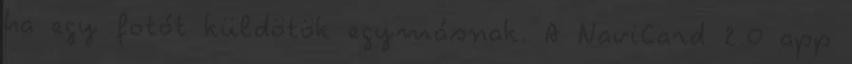
ha egy fotót küldötök egymásnak. A NaviCard 2.0 app